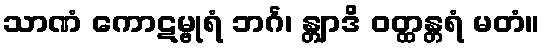
သာဏံ ကောဋမ္ဗုရံ ဘင်္ဂ၊ န္တျာဒိ ဝတ္ထန္တရံ မတံ။